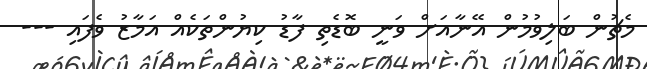
މެޗުން ބަލިވުމުން އޭނާއަށް ވަނީ ބޮޑެތި ފާޑު ކިޔުންތަކެއް އަމާޒު ވެފައި ---